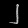
Digit: ၂